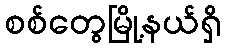
စစ်တွေမြို့နယ်ရှိ